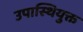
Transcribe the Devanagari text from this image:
उपास्थियुक्त